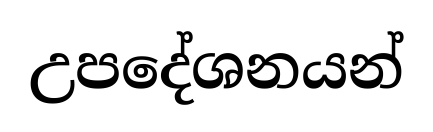
උපදේශනයන්